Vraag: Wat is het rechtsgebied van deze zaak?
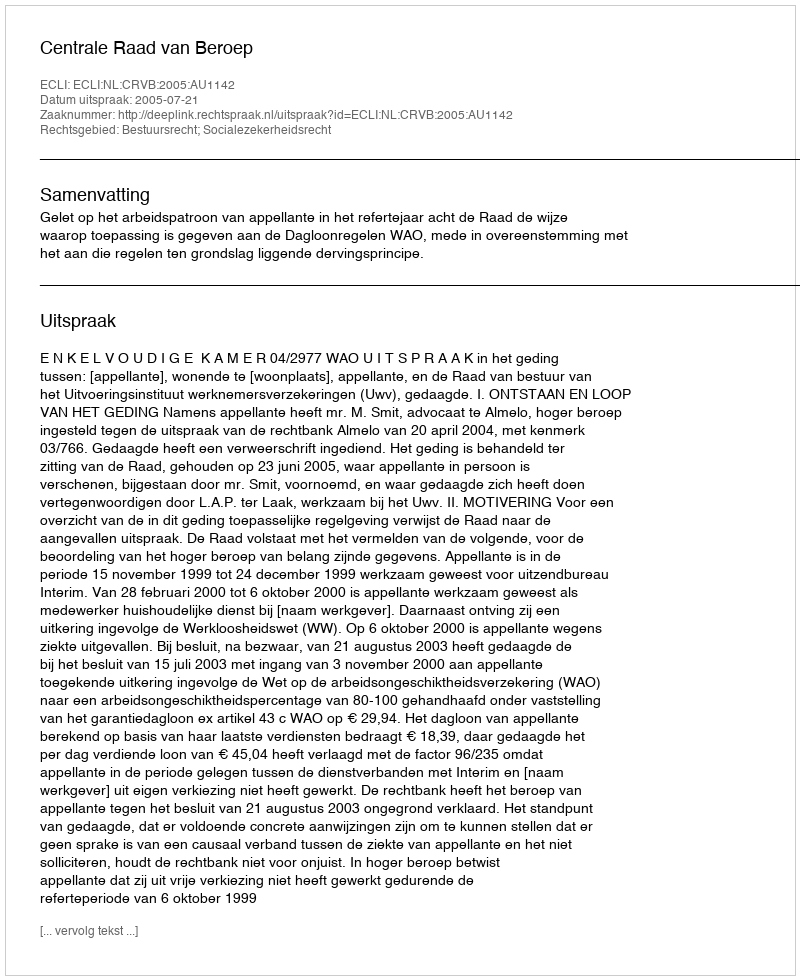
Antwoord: Bestuursrecht; Socialezekerheidsrecht